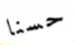
حسنا